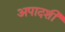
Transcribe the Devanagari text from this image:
अपादर्शी